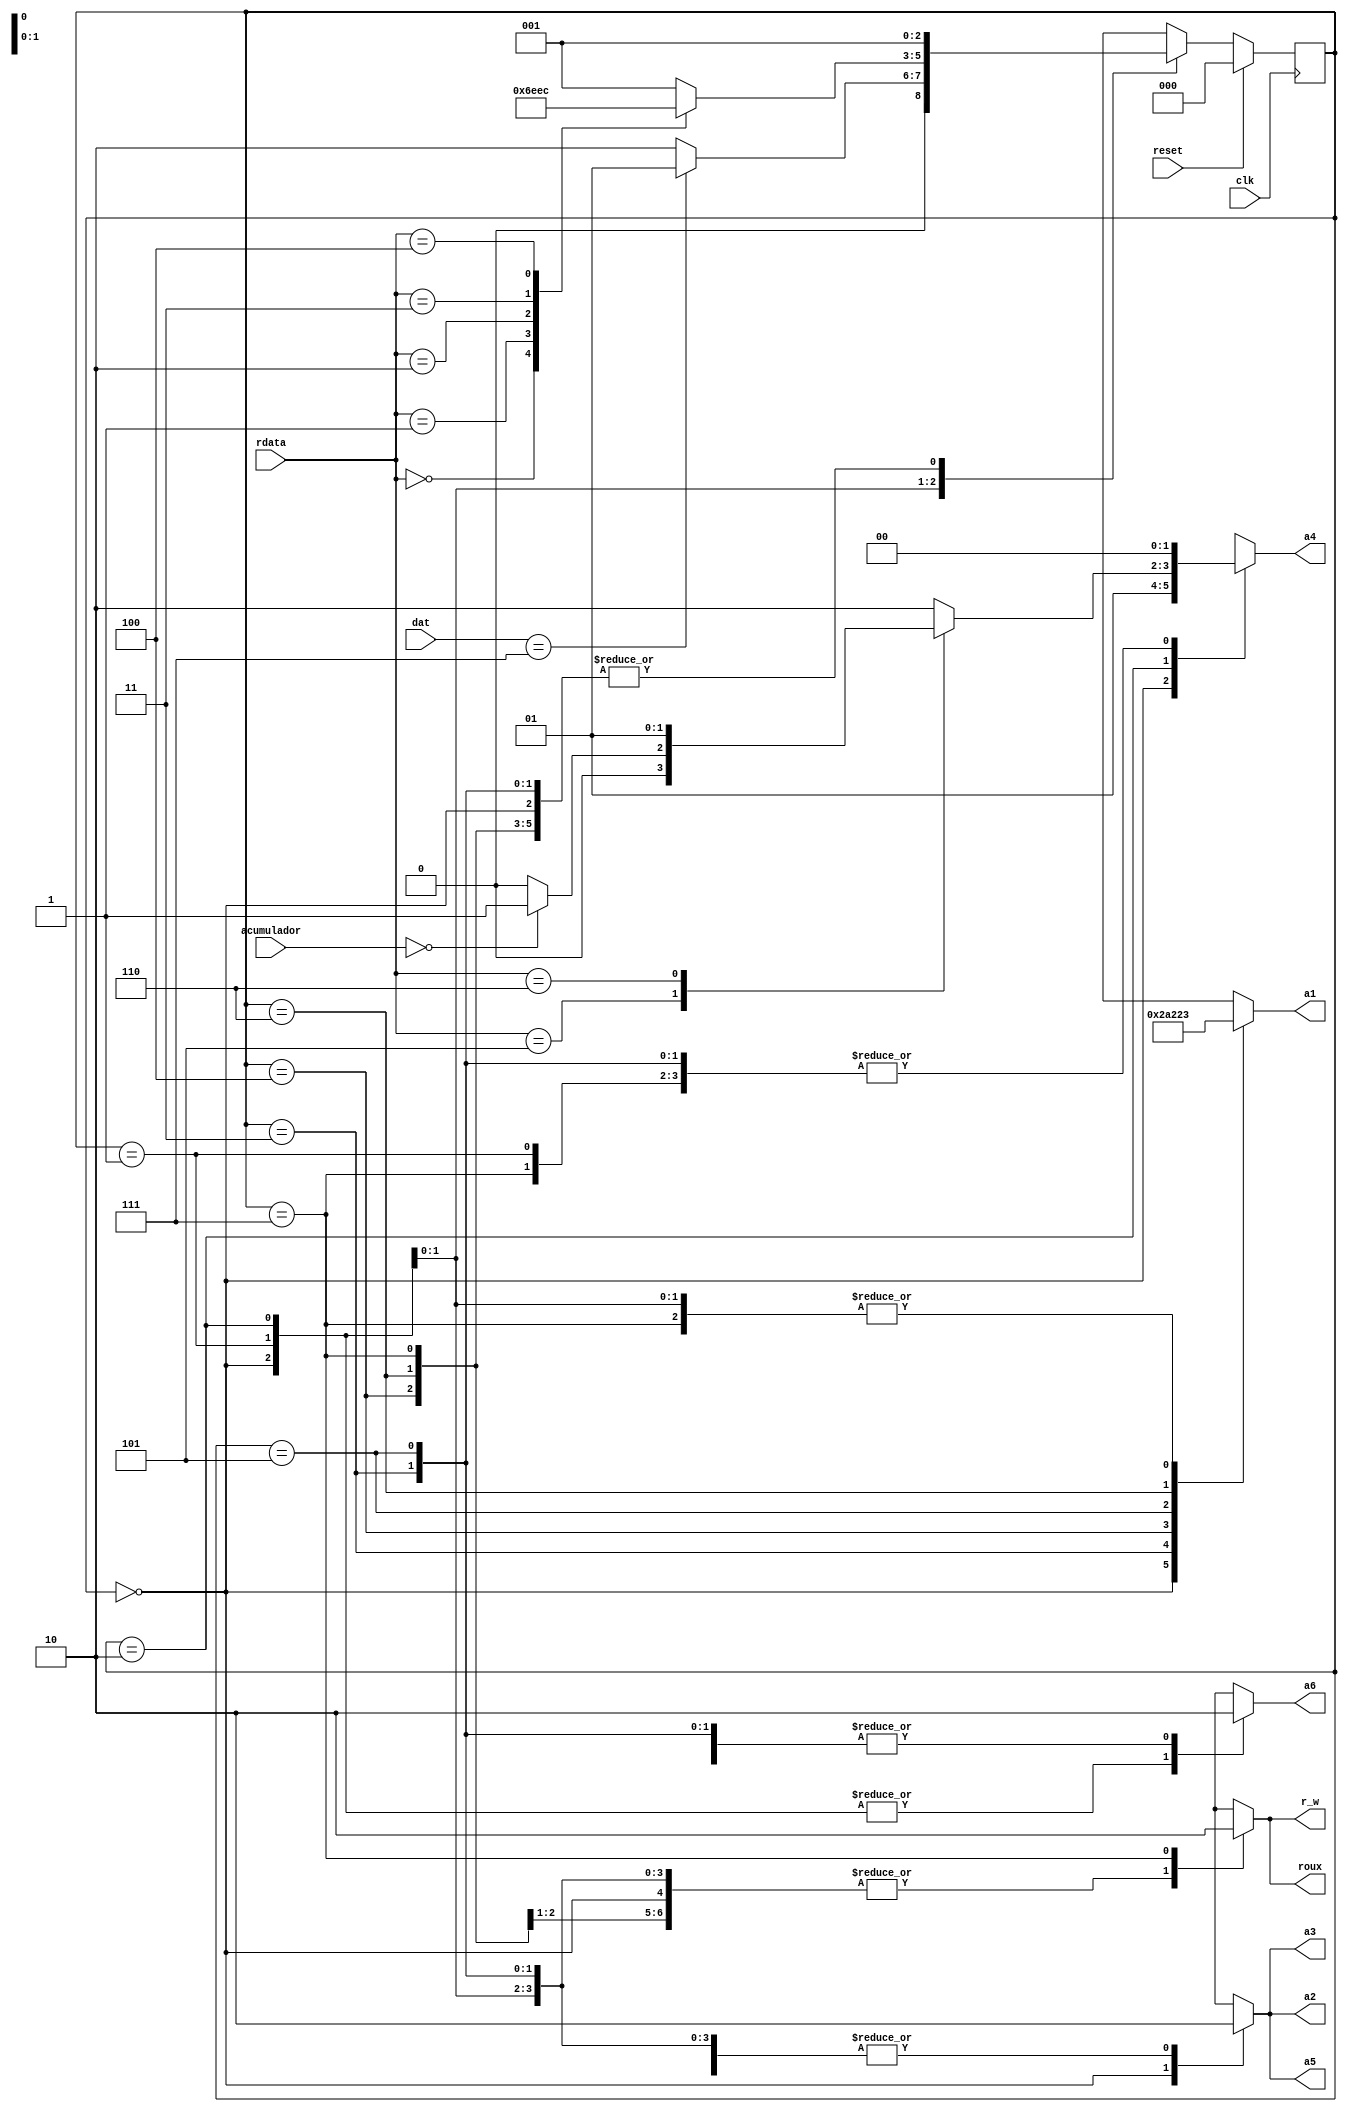
`timescale 1ns / 1ps

module FSM_(
    input clk,
    input reset,
    input [7:0] rdata,
    input [7:0] dat,
    input [7:0] acumulador,
    output reg [2:0] a1,
    output reg roux,
    output reg [1:0] a4,
    output reg a6,
    output reg r_w, a2, a3,a5
    );
    
    // Maquina de estados
    parameter Iniciar = 3'd0, Busqueda = 3'd1, Ejecucion =3'd2, Anda =3'd3 , Suba =3'd4 , Adda=3'd5 , Idaxx=3'd6 , Idxxa=3'd7;
    reg [2:0] presente;
    reg [2:0] futuro;
    
    // registro de estados
    always @(posedge clk)
      begin
          presente <= futuro;
      end

    always @(*)
    
    if (reset == 1'b0)
      case(presente)
      
      Iniciar: begin
              futuro <= Busqueda;
              end
      Busqueda:
      
              if(dat == 8'b111)
                   futuro <= Busqueda;
              else
                   futuro <= Ejecucion;
      
      Ejecucion:
      
              case(rdata)
              
              8'b000: futuro <= Idaxx;
              8'b001: futuro <= Idxxa;
              8'b010: futuro <= Anda;
              8'b011: futuro <= Adda;
              8'b100: futuro <= Suba;
              default: futuro <= Busqueda;
              
              endcase
      
      Anda: futuro <= Busqueda;
      Suba: futuro <= Busqueda;
      Adda: futuro <= Busqueda;
      Idaxx: futuro <= Busqueda;
      Idxxa: futuro <= Busqueda;
      
      default: futuro <= Iniciar;
      
      endcase
      
      else
         futuro <= Iniciar;
    
    // logica de salida
    
    always @(*)
    begin
      case(presente)
      
          Iniciar: begin
            a1 <= 3'b101;
            a2 <= 1'b1;
            a3 <= 1'b1;
            a4 <= 2'b01;
            a5 <= 1'b1;
            a6 <= 1'b1;
            roux <= 1'b1;
            r_w <= 1'b1;
            end
            
          Busqueda: begin
            a1 <= 3'b011;
            a2 <= 1'b0;
            a3 <= 1'b0;
            a4 <= 2'b00;
            a5 <= 1'b0;
            a6 <= 1'b1;
            roux <= 1'b1;
            r_w <= 1'b1;
            end
            
          Ejecucion:
          
          case(rdata)
          8'b101: 
                  begin
                     
                     if (acumulador == 0)
                        a4 <= 2'b01;
                     else
                        a4 <= 2'b00;
                                   
                    a1 <= 3'b011;
                    a2 <= 1'b0;
                    a3 <= 1'b0;  
                    a5 <= 1'b0;
                    a6 <= 1'b1;
                    roux <= 1'b1;
                    r_w <= 1'b1;
                    end
            
          8'b110: 
                  begin
                    a1 <= 3'b011;
                    a2 <= 1'b0;
                    a3 <= 1'b0;
                    a4 <= 2'b01;
                    a5 <= 1'b0;
                    a6 <= 1'b1;
                    roux <= 1'b1;
                    r_w <= 1'b1;
                    end
                    
                  default: 
                      begin
                        a1 <= 3'b11;    
                        a2 <= 1'b0;
                        a3 <= 1'b0;
                        a4 <= 2'b10;
                        a5 <= 1'b0;
                        a6 <= 1'b1;
                        roux <= 1'b1;
                        r_w <= 1'b1;
                        end
          endcase
          
            
          Anda: begin
            a1 <= 3'b010;
            a2 <= 1'b0;
            a3 <= 1'b0;
            a4 <= 2'b00;
            a5 <= 1'b0;
            a6 <= 1'b0;
            roux <= 1'b1;
            r_w <= 1'b1;
            end
            
          Suba: begin
            a1 <= 3'b001;
            a2 <= 1'b0;
            a3 <= 1'b0;
            a4 <= 2'b00;
            a5 <= 1'b0;
            a6 <= 1'b0;
            roux <= 1'b1;
            r_w <= 1'b1;
            end
            
          Adda: begin
            a1 <= 3'b000;
            a2 <= 1'b0;
            a3 <= 1'b0;
            a4 <= 2'b00;
            a5 <= 1'b0;
            a6 <= 1'b0;
            roux <= 1'b1;
            r_w <= 1'b1;
            end
          
          Idaxx: begin
            a1 <= 3'b100;
            a2 <= 1'b0;
            a3 <= 1'b0;
            a4 <= 2'b00;
            a5 <= 1'b0;
            a6 <= 1'b0;
            roux <= 1'b1;
            r_w <= 1'b1;
            end
          
          Idxxa: begin
            a1 <= 3'b011;
            a2 <= 1'b0;
            a3 <= 1'b0;
            a4 <= 2'b00;
            a5 <= 1'b0;
            a6 <= 1'b0;
            roux <= 1'b0;
            r_w <= 1'b0;
            end
          
          default:
            begin
            a1 <= 3'b101;
            a2 <= 1'b1;
            a3 <= 1'b1;
            a4 <= 2'b1;
            a5 <= 1'b1;
            a6 <= 1'b1;
            roux <= 1'b1;
            r_w <= 1'b1;
            end
      endcase
   end
    
endmodule